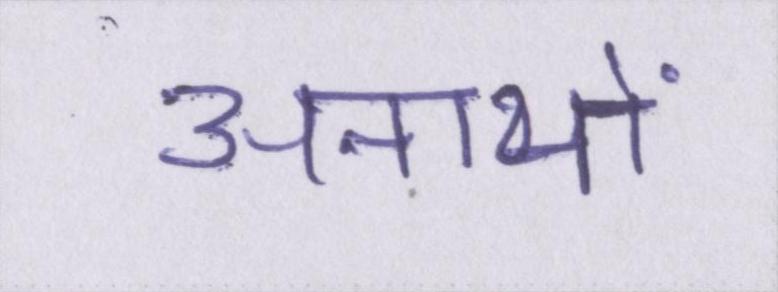
अनाथों